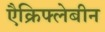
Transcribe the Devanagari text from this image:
एैक्रिफ्लेबीन